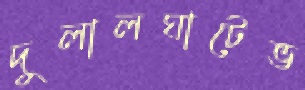
দুলালঘাটেভ